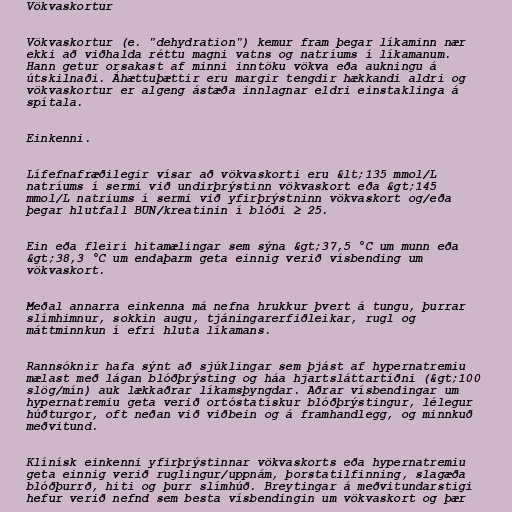
Vökvaskortur

Vökvaskortur (e. "dehydration") kemur fram þegar líkaminn nær
ekki að viðhalda réttu magni vatns og natríums í líkamanum.
Hann getur orsakast af minni inntöku vökva eða aukningu á
útskilnaði. Áhættuþættir eru margir tengdir hækkandi aldri og
vökvaskortur er algeng ástæða innlagnar eldri einstaklinga á
spítala.

Einkenni.

Lífefnafræðilegir vísar að vökvaskorti eru &lt;135 mmol/L
natríums í sermi við undirþrýstinn vökvaskort eða &gt;145
mmol/L natriums í sermi við yfirþrýstninn vökvaskort og/eða
þegar hlutfall BUN/kreatinin í blóði ≥ 25.

Ein eða fleiri hitamælingar sem sýna &gt;37,5 °C um munn eða
&gt;38,3 °C um endaþarm geta einnig verið vísbending um
vökvaskort.

Meðal annarra einkenna má nefna hrukkur þvert á tungu, þurrar
slímhimnur, sokkin augu, tjáningarerfiðleikar, rugl og
máttminnkun í efri hluta líkamans.

Rannsóknir hafa sýnt að sjúklingar sem þjást af hypernatremiu
mælast með lágan blóðþrýsting og háa hjartsláttartíðni (&gt;100
slög/mín) auk lækkaðrar líkamsþyngdar. Aðrar vísbendingar um
hypernatremiu geta verið ortóstatískur blóðþrýstingur, lélegur
húðturgor, oft neðan við viðbein og á framhandlegg, og minnkuð
meðvitund.

Klínísk einkenni yfirþrýstinnar vökvaskorts eða hypernatremiu
geta einnig verið ruglingur/uppnám, þorstatilfinning, slagæða
blóðþurrð, hiti og þurr slímhúð. Breytingar á meðvitundarstigi
hefur verið nefnd sem besta vísbendingin um vökvaskort og þær